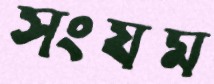
সংযম